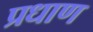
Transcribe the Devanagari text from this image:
प्रधाण